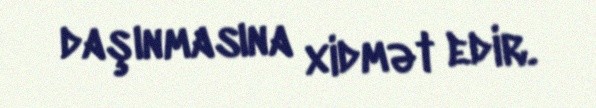
daşınmasına xidmət edir.